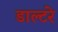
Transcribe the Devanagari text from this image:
डाल्टरे